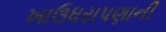
ખાઉધરાપણાની